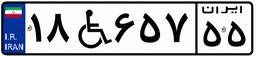
۴۴W۲۸۵۸۵